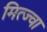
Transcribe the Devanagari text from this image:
मित्ज्वा